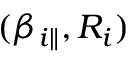
( \beta _ { i \parallel } , R _ { i } )